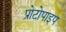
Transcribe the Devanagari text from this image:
प्रोटोपाइप